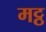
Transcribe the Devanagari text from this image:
मट्ठ